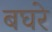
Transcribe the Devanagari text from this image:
बघरे